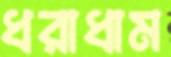
ধরাধাম